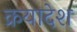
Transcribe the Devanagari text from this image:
क्रयादेश